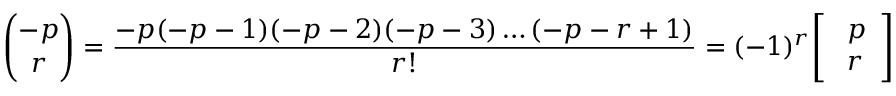
\binom { - p } { r } = { \frac { - p ( - p - 1 ) ( - p - 2 ) ( - p - 3 ) \dots ( - p - r + 1 ) } { r ! } } = ( - 1 ) ^ { r } { \left[ \begin{array} { l } { ~ p } \\ { ~ r } \end{array} \right] }